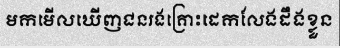
មកមើលឃើញជនរងគ្រោះដេកលែងដឹងខ្លួន